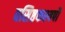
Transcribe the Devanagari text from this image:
वसिष्ठकश्यपौ